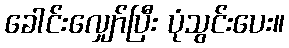
ခေါင်းလျှော်ပြီး ပုံသွင်းပေး။